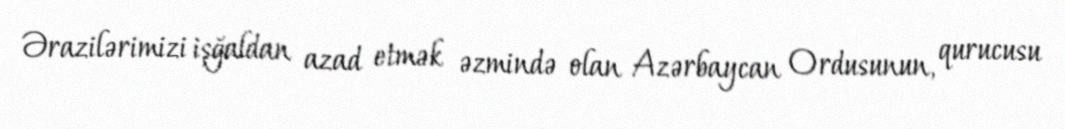
Ərazilərimizi işğaldan azad etmək əzmində olan Azərbaycan Ordusunun, qurucusu